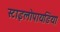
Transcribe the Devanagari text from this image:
स्टाइलोपायडिया